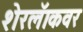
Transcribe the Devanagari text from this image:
शेरलॅाकवर